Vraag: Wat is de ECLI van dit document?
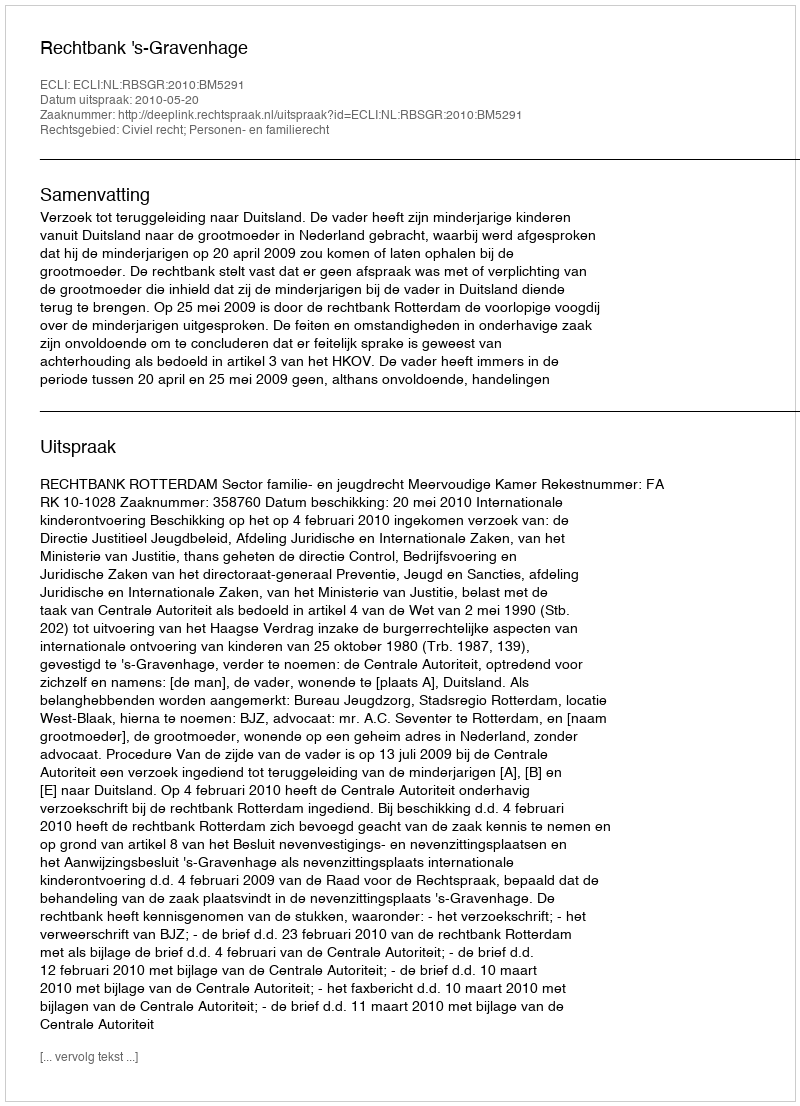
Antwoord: ECLI:NL:RBSGR:2010:BM5291